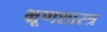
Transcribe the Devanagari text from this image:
भ्रूणशास्त्र